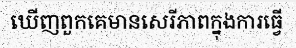
ឃើញពួកគេមានសេរីភាពក្នុងការធ្វើ